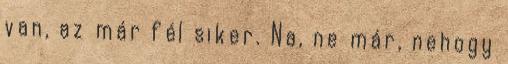
van, az már fél siker. Na, ne már, nehogy